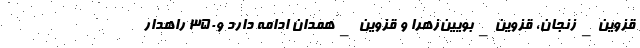
قزوین_زنجان، قزوین_بویین‌زهرا و قزوین _همدان‌ ادامه دارد و۳۵۰ راهدار